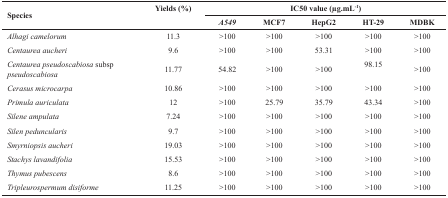
| <ROWSPAN=2> Species | <ROWSPAN=2> Yields (%) | <COLSPAN=6> IC50 value (μg.mL-1) |
 | A549 | MCF7 | <COLSPAN=2> HepG2 | HT-29 | MDBK |
 | --- | --- | --- | --- | --- | --- | --- | --- |
 | Alhagi camelorum | 11.3 | >100 | <COLSPAN=2> >100 | >100 | >100 | >100 |
 | Centaurea aucheri | 9.6 | >100 | <COLSPAN=2> >100 | 53.31 | >100 | >100 |
 | Centaurea pseudoscabiosa subsp pseudoscabiosa | 11.77 | 54.82 | <COLSPAN=2> >100 | >100 | 98.15 | >100 |
 | Cerasus microcarpa | 10.86 | >100 | <COLSPAN=2> >100 | >100 | >100 | >100 |
 | Primula auriculata | 12 | >100 | <COLSPAN=2> 25.79 | 35.79 | 43.34 | >100 |
 | Silene ampulata | 7.24 | >100 | <COLSPAN=2> >100 | >100 | >100 | >100 |
 | Silen peduncularis | 9.7 | >100 | <COLSPAN=2> >100 | >100 | >100 | >100 |
 | Smyrniopsis aucheri | 19.03 | >100 | <COLSPAN=2> >100 | >100 | >100 | >100 |
 | Stachys lavandifolia | 15.53 | >100 | <COLSPAN=2> >100 | >100 | >100 | >100 |
 | Thymus pubescens | 8.6 | >100 | <COLSPAN=2> >100 | >100 | >100 | >100 |
 | Tripleurospermum disiforme | 11.25 | >100 | <COLSPAN=2> >100 | >100 | >100 | >100 |